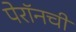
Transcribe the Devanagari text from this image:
पेरॉनची